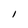
Character: I